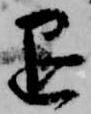
退